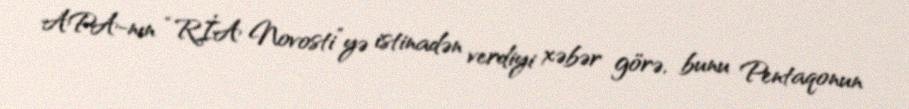
APA-nın “RİA Novosti”yə istinadən verdiyi xəbər görə, bunu Pentaqonun